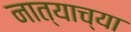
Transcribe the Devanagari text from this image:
नात्याच्या